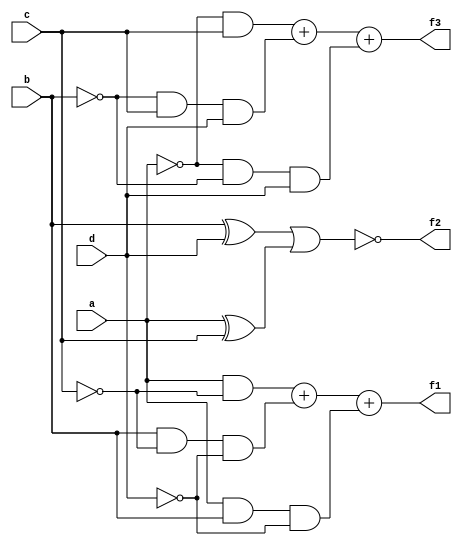
`timescale 1ns / 1ps

module inv(
    input a,
    input b,
    input c,
    input d,
    output f1,
    output f2,
    output f3
);
    
assign f1 = (a&~c)+(b&~c&~d)+(a&b&~d);
assign f2 = ~((b^d)|(a^c));
assign f3 = (~a&c)+(~b&c&d)+(~a&~b&d);
endmodule